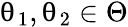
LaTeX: \uptheta_{1},\uptheta_{2}\in\Theta